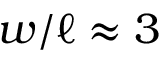
w / \ell \approx 3